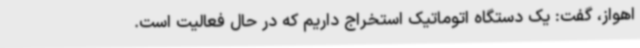
اهواز، گفت: یک دستگاه اتوماتیک استخراج داریم که در حال فعالیت است.